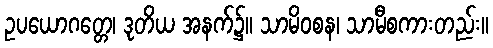
ဥပယောဂတ္တေ၊ ဒုတိယ အနက်၌။ သာမိဝစန၊ သာမီစကားတည်း။